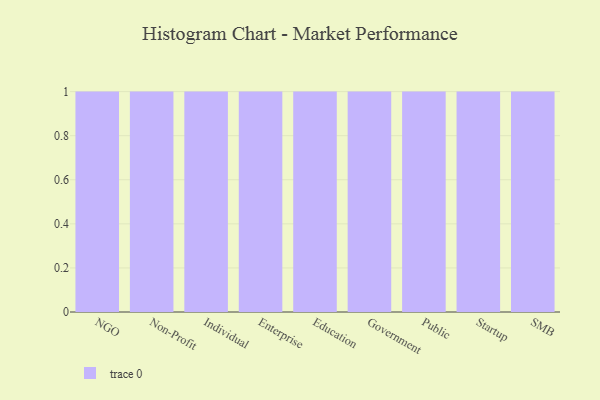
{"axis": {"x": "Segment", "y": "Shipments"}, "legend": [""], "data": [{"x": "NGO", "y": 27, "type": ""}, {"x": "Non-Profit", "y": 45, "type": ""}, {"x": "Individual", "y": 53, "type": ""}, {"x": "Enterprise", "y": 38, "type": ""}, {"x": "Education", "y": 88, "type": ""}, {"x": "Government", "y": 61, "type": ""}, {"x": "Public", "y": 89, "type": ""}, {"x": "Startup", "y": 20, "type": ""}, {"x": "SMB", "y": 81, "type": ""}]}